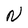
Character: N